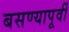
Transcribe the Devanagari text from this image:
बसण्यापूर्वी